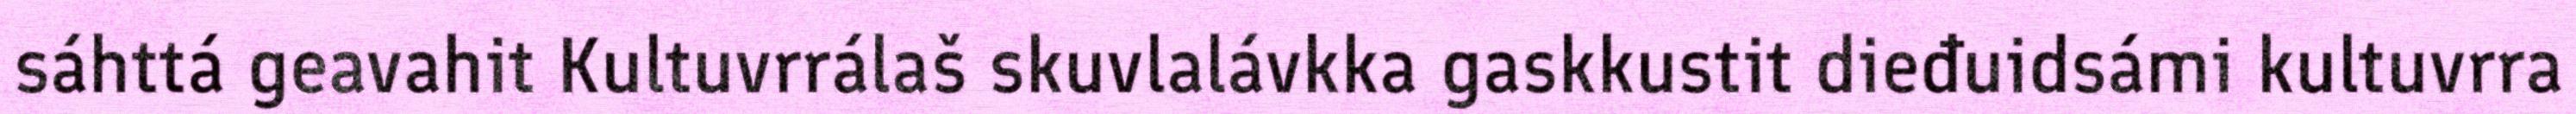
sáhttá geavahit Kultuvrrálaš skuvlalávkka gaskkustit dieđuidsámi kultuvrra